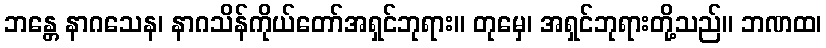
ဘန္တေ နာဂသေန၊ နာဂသိန်ကိုယ်တော်အရှင်ဘုရား။ တုမှေ၊ အရှင်ဘုရားတို့သည်။ ဘဏထ၊